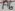
Text: A6